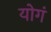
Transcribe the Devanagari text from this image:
योगं